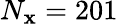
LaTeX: N_{\mathbf{x}}=201